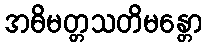
အဓိမတ္တသတိမန္တော